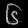
Digit: ၆